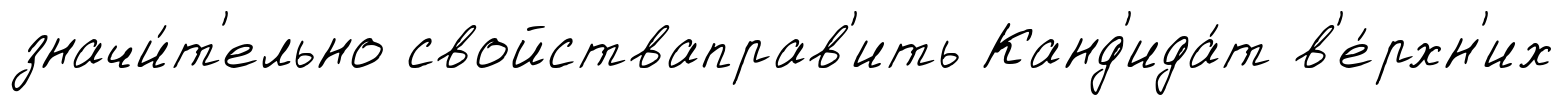
значи́т'ельно свойстваправ'ить Канд'ида́т в'е́рхн'их